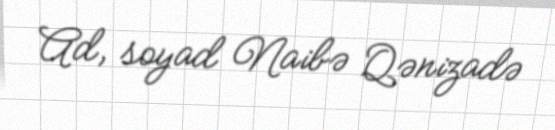
Ad, soyad Naibə Qənizadə